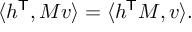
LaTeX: \langle h ^ { \mathsf { T } } , M v \rangle = \langle h ^ { \mathsf { T } } M , v \rangle .